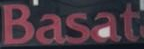
Basat